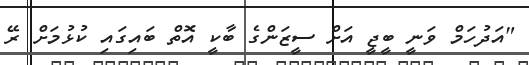
"އަދުހަމް ވަނީ ބީޖީ އަށް ސީޒަންގެ ބާކީ އޮތް ބައިގައި ކުޅުމަށް ރޭ